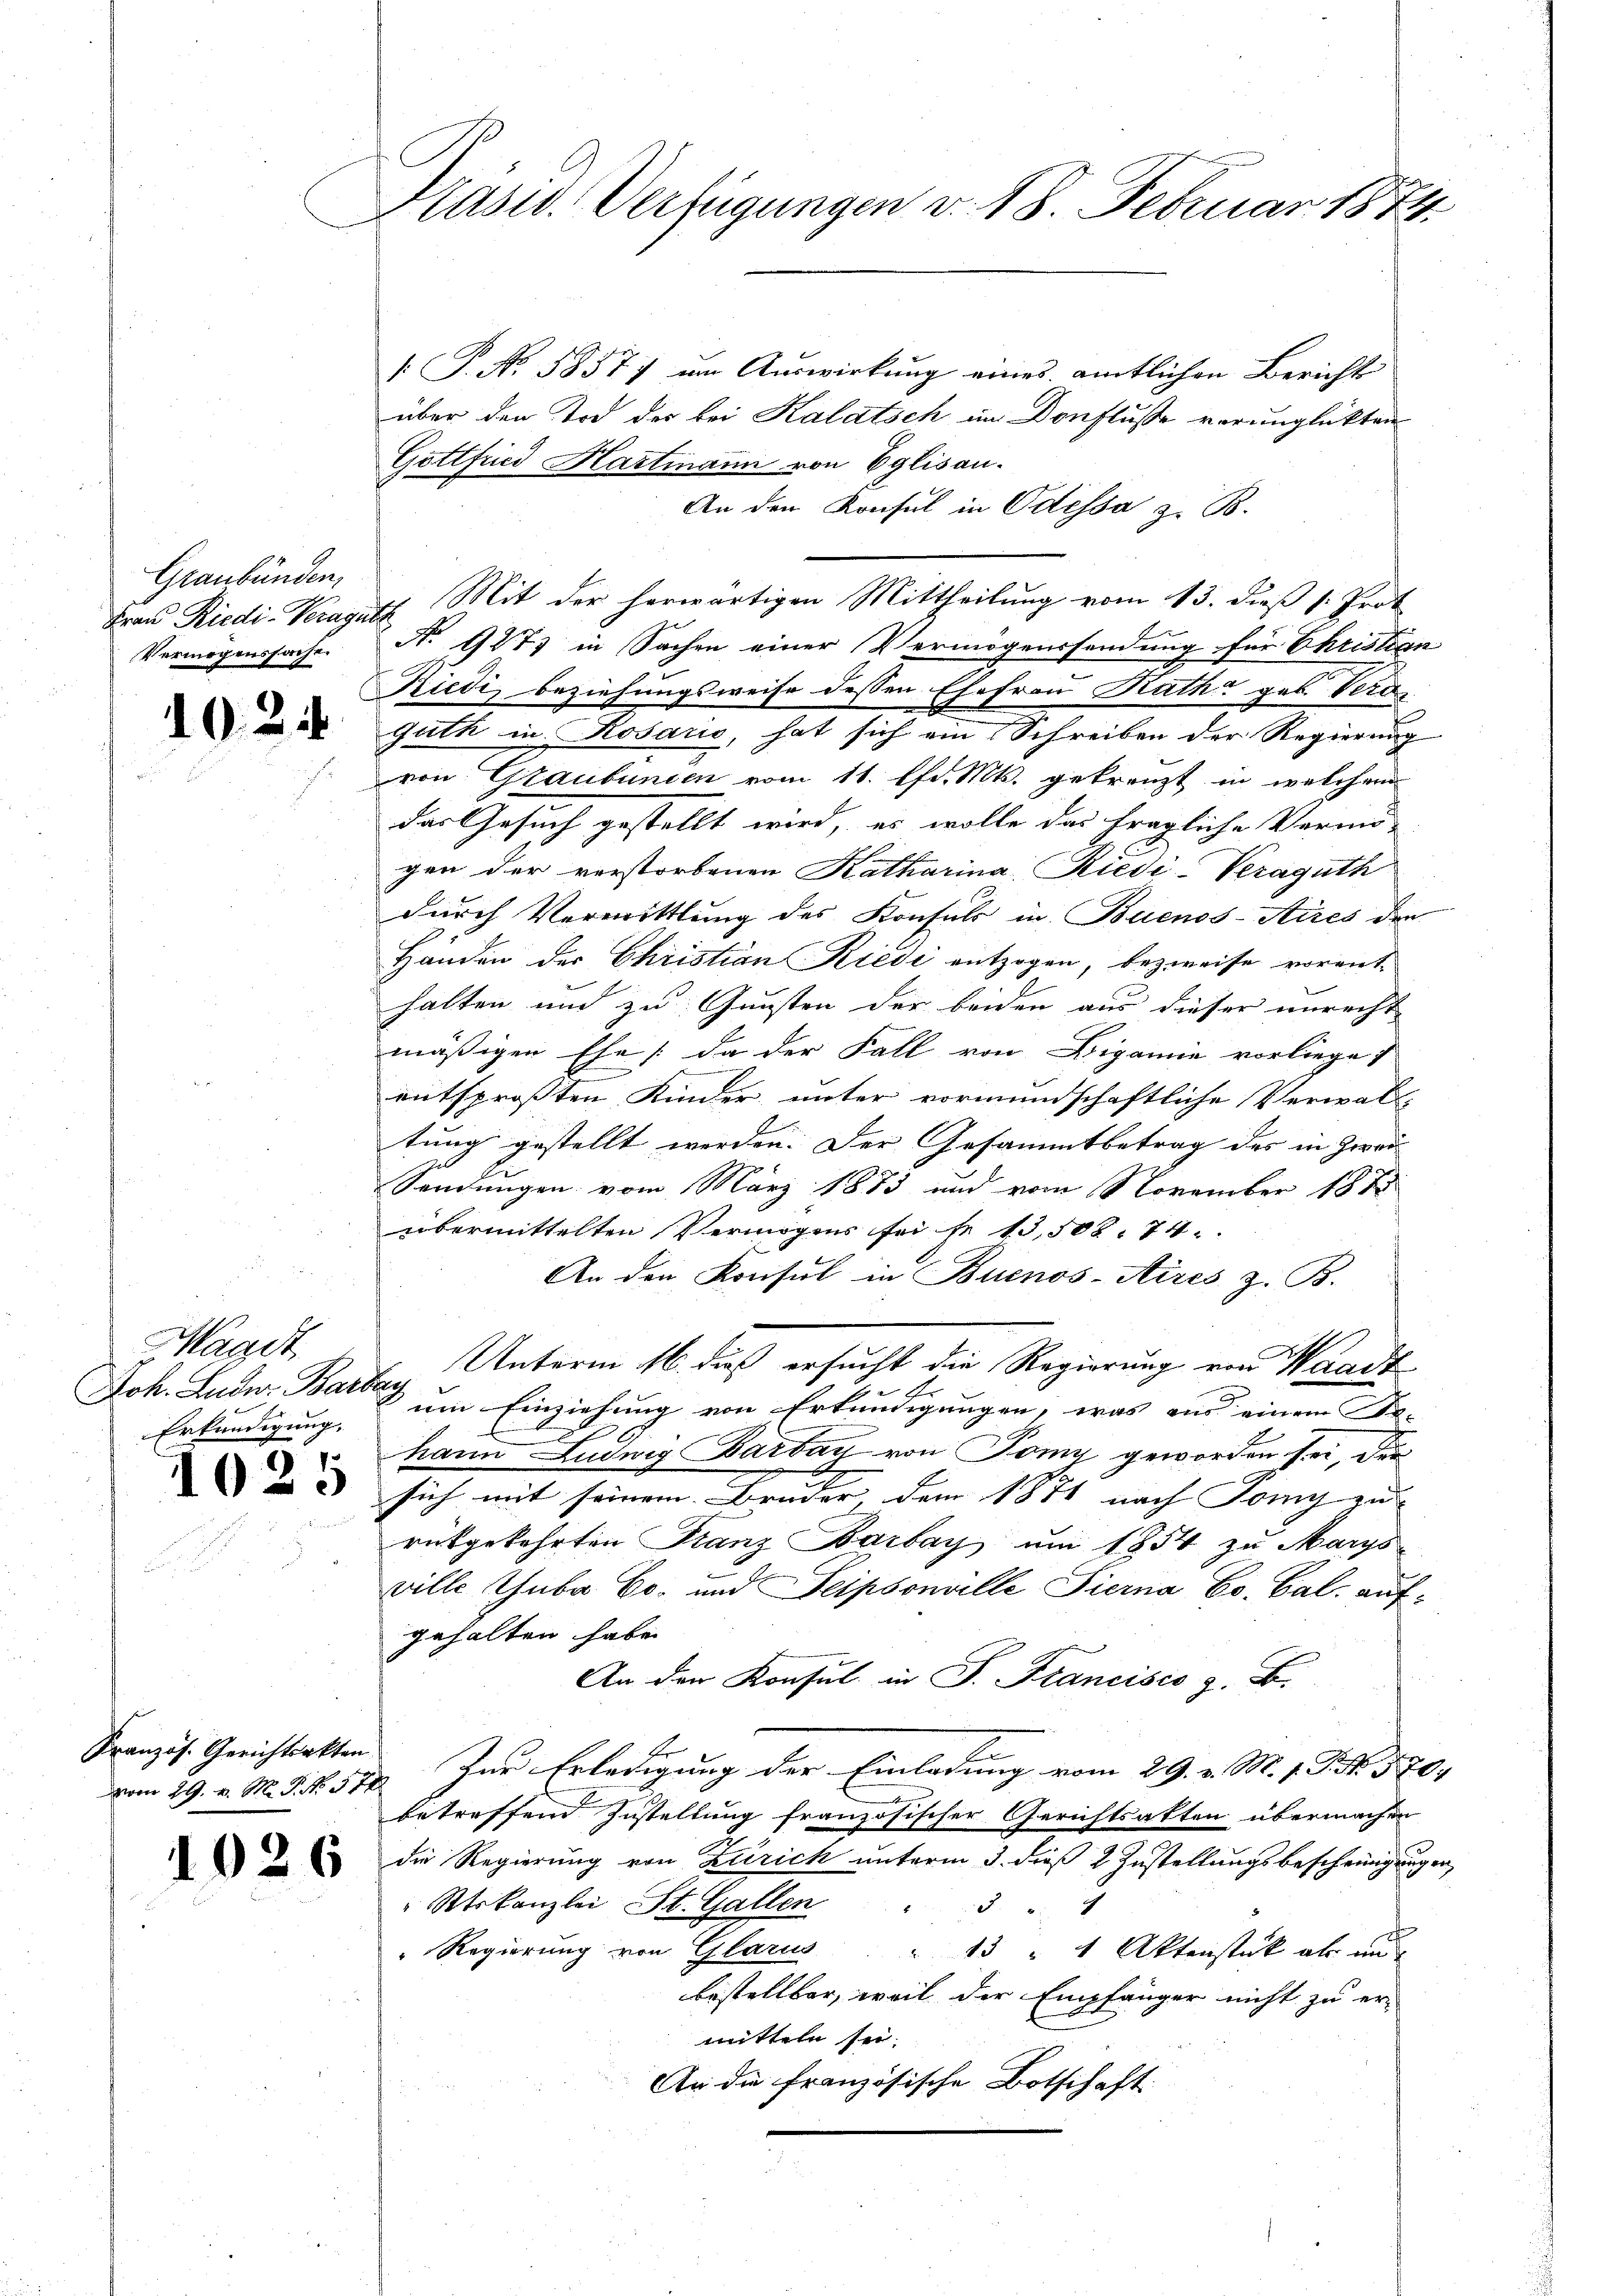
Graubünden,
Vermögenssache.

1024

Magdt
Erkundigung,

10

8

von 29. v. M. R. No. 378

1026

Präsid. Verfügungen v. 18. Februar 181

[ P. No. 5857) um Auswirkung eines amtlichen Bericht
über den Tod der bei Kalatsch im Dorflusse verunglückten
Gottfried Hartmann von Eglisau.
An den Konsul in Odessa z. B.
Frau Riedi- Veraguth. Mit der herwärtigen Mittheilung vom 13. dieß s: Prot
N. 9873 in Sachen einer Vermögenssendung für Christian
Riedi, beziehungsweise dessen Ehefrau Rathe geb. Vera
guth in Rosaris, hat sich ein Schreiben der Regierung
von Graubünden vom 11. lfd. Mts. gekreuzt in welchem
das Gesuch gestellt wird, es wolle das fragliche Vermö-
gen der verstorbenen Katharina Riedi-Keraguth
durch Vermittlung des Konsuls in Buenos-Aires den
Händen der Christian Kredi entzogen, bezweife vorant-
halten und zu Gunsten der beiden aus dieser unrecht
mäßigen Ehe; da der Fall von Ligamie vorliege
entsprosten Kinder unter vormundschaftliche Verwalt-
tung gestellt werden. Der Gesammtbetrag des in Zwei- |
Sendungen vom März 1883 und vom November 188
übermittelten Vermögens sei se 13,508. 74
An den Konsul in Buenos-Aires z. B.
Joh. Luder Barbay Unterm 16. dieß ersucht die Regierung von Waadt
um Einziehung von Erkundigungen, was aus einem Be- |
hann Ludwig Barbar von Tomy geworden sei, der

sich mit seinem Bruder, dem 1874 nach Tomi zu |
rükgekehrten Franz Barbay um 1854 zu Marysville Thuba Ec. und Seipsonville Tierna Co. Cal. aufgehalten habe.
An den Konsul in P. Francisco z. B.
Er
Französ. Gerichtsakter Zur Erledigung der Einladung vom 29. v. M. h. T. N. 570.
betreffend Zustellung französischer Gerichtsakten übermachen
die Regierung von Zürich unterm 3. dieß 2 Zustellungsbescheinigungen
Rtskanzlei St. Gallen
 x 2 x
" Regierung von Glarus " 13 " 1 Aktenstück als und
bestellbar, weil der Empfänger nicht zu er-
mitteln sei.
An die französische Botschaft